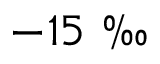
- 1 5 \mathrm { ~ \textperthousand ~ }